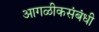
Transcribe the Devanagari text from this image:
आगळीकसंबंधी